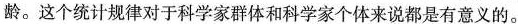
龄。这个统计规律对于科学家群体和科学家个体来说都是有意义的。